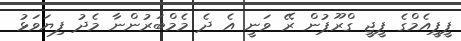
ޕީޕީއެމްގެ ޕީޖީ ގްރޫޕުން ރޭ ވަނީ އެ ދެ މެމްބަރުންނާ މެދު ފިޔަވަޅު